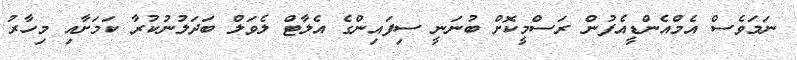
ނަމަވެސް އެމްއެންޑީއެފުން ރަސްމީކޮށް ބުނަނީ ސިފައިންގެ އެލާޓް ލެވަލް ބަދަލުނުކުރާ ކަމަށާއި މިހާރު